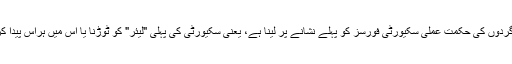
دہشت گردوں کی حکمت عملی سکیورٹی فورسز کو پہلے نشانے پر لینا ہے، یعنی سکیورٹی کی پہلی "لیئر" کو ٹوڑنا یا اس میں ہراس پیدا کرنا ہے۔